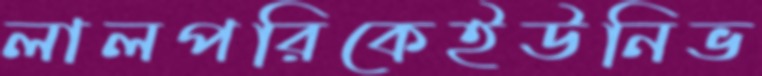
লালপরিকেইউনিভ